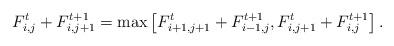
LaTeX: \begin{align*}F_{i,j}^t+F_{i,j+1}^{t+1}=\max\left[F_{i+1,j+1}^t+F_{i-1,j}^{t+1},F_{i,j+1}^t+F_{i,j}^{t+1}\right].\end{align*}